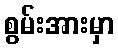
စွမ်းအားမှာ